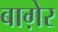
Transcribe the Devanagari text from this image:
बाग़ेर